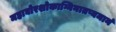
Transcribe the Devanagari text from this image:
महाघोरशोकाग्निनातप्यमानं